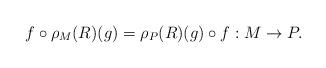
LaTeX: \begin{align*}f\circ\rho_M(R)(g)=\rho_{P}(R)(g)\circ f:M\rightarrow P.\end{align*}